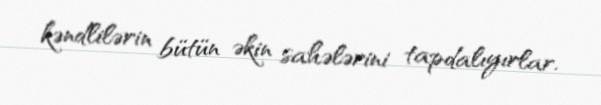
kəndlilərin bütün əkin sahələrini tapdalıyırlar.